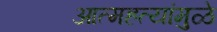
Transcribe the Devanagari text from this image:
आत्महत्यांमुळे